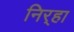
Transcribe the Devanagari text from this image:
निर्‍हा